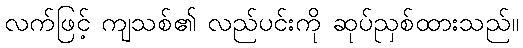
လက်ဖြင့် ကျသစ်၏ လည်ပင်းကို ဆုပ်ညှစ်ထားသည်။